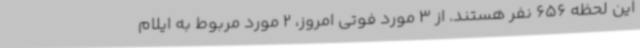
این لحظه 656 نفر هستند. از 3 مورد فوتی امروز، 2 مورد مربوط به ایلام